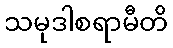
သမုဒါစရာမီတိ